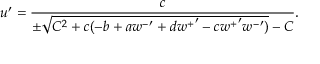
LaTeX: u ^ { \prime } = \frac { c } { \pm \sqrt { C ^ { 2 } + c ( - b + a { w ^ { - } } ^ { \prime } + d { w ^ { + } } ^ { \prime } - c { w ^ { + } } ^ { \prime } { w ^ { - } } ^ { \prime } ) } - C } .